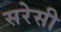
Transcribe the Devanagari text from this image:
सरेसी